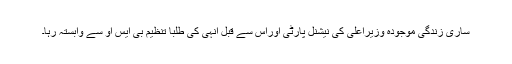
ساری زندگی موجودہ وزیراعلیٰ کی نیشنل پارٹی اوراس سے قبل انہی کی طلبا تنظیم بی ایس او سے وابستہ رہا۔